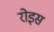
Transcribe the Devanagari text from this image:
रोइस